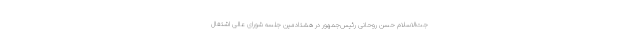
جت‌الاسلام حسن روحانی رئیس‌جمهور در هشتادمین جلسه شورای عالی اشتغال